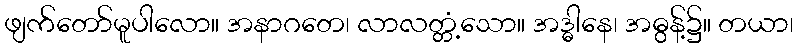
ဖျက်တော်မူပါလော။ အနာဂတေ၊ လာလတ္တံ့သော။ အဒ္ဓါနေ၊ အဓွန့်၌။ တယာ၊